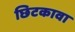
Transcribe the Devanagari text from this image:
छिटकावा